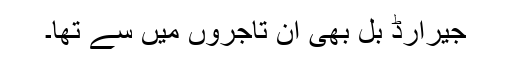
جیرارڈ بُل بھی ان تاجروں میں سے تھا۔